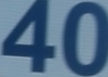
40